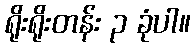
ရိုးရိုးတန်း ၃ ခုံပါ။